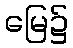
မြေ၌